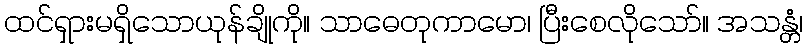
ထင်ရှားမရှိသောယုန်ချိုကို။ သာဓေတုကာမော၊ ပြီးစေလိုသော်။ အသန္တံ၊